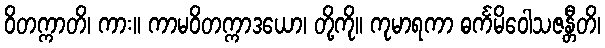
ဝိတက္ကာတိ၊ ကား။ ကာမဝိတက္ကာဒယော၊ တို့ကို။ ကုမာရကာ ဓင်္ကမိဝေါသဇန္တီတိ၊